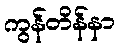
ကွန်တိန်နာ